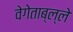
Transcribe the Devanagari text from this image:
वेगेताब्ल्ले